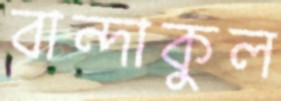
বান্দাকুল